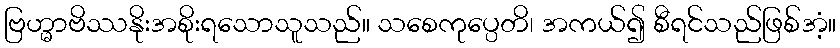
ဗြဟ္မာဗိဿနိုးအစိုးရသောသူသည်။ သစေကုပ္ပေတိ၊ အကယ်၍ စီရင်သည်ဖြစ်အံ့။